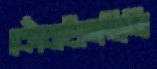
কোঁচাইতেছিলি